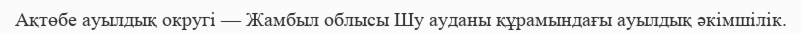
Ақтөбе ауылдық округі — Жамбыл облысы Шу ауданы құрамындағы ауылдық әкімшілік.